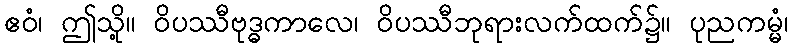
ဧဝံ၊ ဤသို့။ ဝိပဿီဗုဒ္ဓကာလေ၊ ဝိပဿီဘုရားလက်ထက်၌။ ပုညကမ္မံ၊